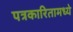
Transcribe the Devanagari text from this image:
पत्रकारितामध्ये